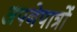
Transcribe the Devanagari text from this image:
अपनेपात्रों